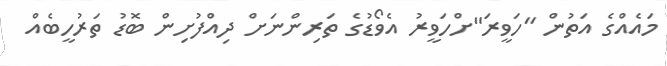
މައެއްގެ އަތުން "ހަވީރަ"ށްހަވީރު އެވޯޑުގެ ތަރިންނަށް ދިއްފުށިން ބޮޑު ތަރުހީބެއް